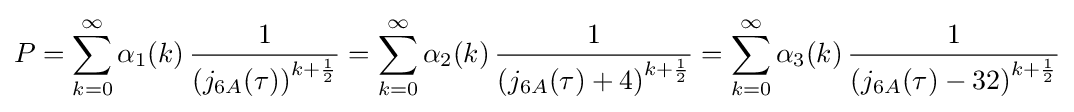
P=\sum _{k=0}^{\infty }\alpha _{1}(k)\,{\frac {1}{\left(j_{6A}(\tau )\right)^{k+{\frac {1}{2}}}}}=\sum _{k=0}^{\infty }\alpha _{2}(k)\,{\frac {1}{\left(j_{6A}(\tau )+4\right)^{k+{\frac {1}{2}}}}}=\sum _{k=0}^{\infty }\alpha _{3}(k)\,{\frac {1}{\left(j_{6A}(\tau )-32\right)^{k+{\frac {1}{2}}}}}